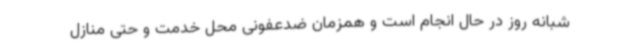
شبانه روز در حال انجام است و همزمان ضدعفونی محل خدمت و حتی منازل